Report of the Municipal Commissioner on the plague in Bombay for the year ending 31st May... - Volume 2
Disease focus: Plague
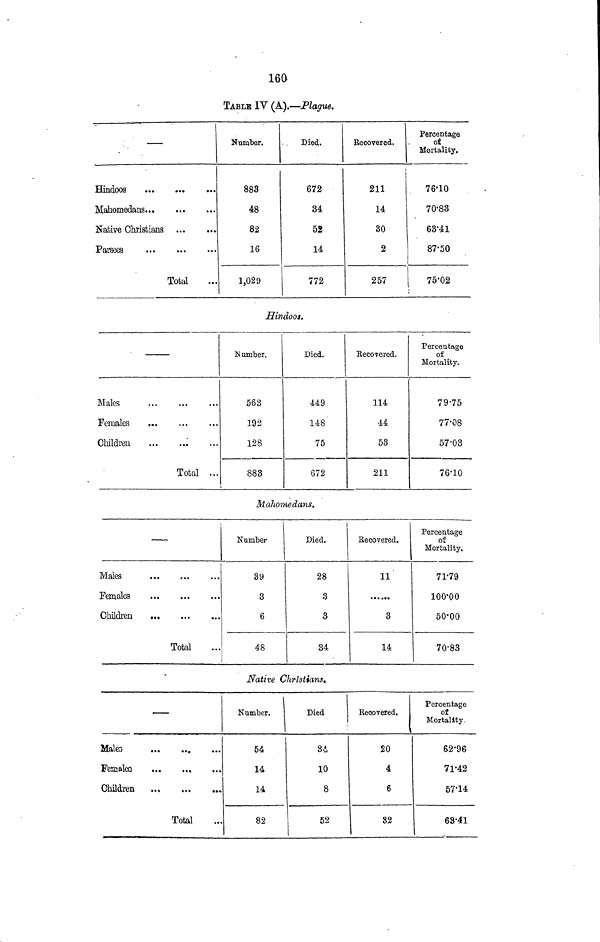
160
TABLE IV (A).—Plague.
—
Hindoos
Mahometans
Kative Christians
Parsees
Total
Number.
883
48
82
16
1,029
Died.
672
34
52
14
772
Recovered.
211
14
30
2
257
Percentage
oi
Mortality.
76-10
70-83
63-41
87-50
75-02
Hindoos.
Males
Females
Children
'.
Total ...
Number.
563
192
128
883
Died.
449
148
75
672
Recovered.
114
44
53
211
Percentage
of
Mortality.
79-75
77-08
57-03
76-10
Maliomedans.
—
Males
Females
Children
Total
Number
89
3
6
48
i
Died.
28
3
3
34
Recovered.
11
3
14
Percentage
of
Mortality.
71-79
100-00
50-00
70-83
Native Christians.
' —
Maleo
Fesialea
Children
.„
«>
Total
Number.
54
14
14
82
Died
84
10
8
52
Recovered.
20
4
6
82
Percentage
oi
Mortality.
62-96
71*42
57-14
68-41